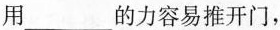
用___的力容易推开门，